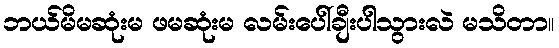
ဘယ်မိမဆုံးမ ဖမဆုံးမ လမ်းပေါ်ချီးပါသွားလဲ မသိတာ။